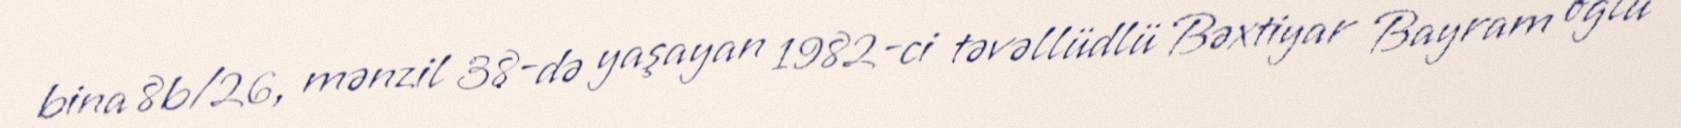
bina 8b/26, mənzil 38-də yaşayan 1982-ci təvəllüdlü Bəxtiyar Bayram oğlu